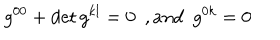
LaTeX: g ^ { 0 0 } + \det g ^ { k l } = 0 \ \ , a n d \ \ g ^ { 0 k } = 0